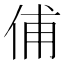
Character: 俌